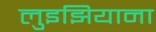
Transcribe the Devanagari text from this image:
लुइझियाना